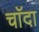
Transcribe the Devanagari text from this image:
चाॅदा